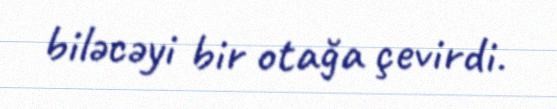
biləcəyi bir otağa çevirdi.